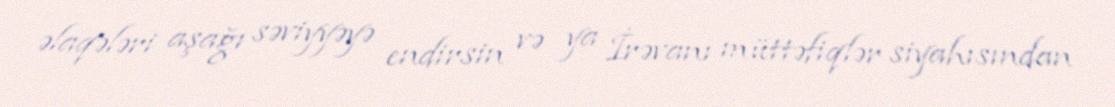
əlaqələri aşağı səviyyəyə endirsin və ya İrəvanı müttəfiqlər siyahısından